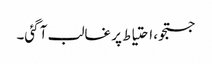
جستجو، احتیاط پر غالب آ گئی۔